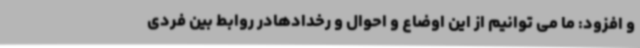
و افزود: ما می توانیم از این اوضاع و احوال و رخدادهادر روابط بین فردی